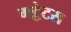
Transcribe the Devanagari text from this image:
गट्टेटस